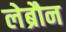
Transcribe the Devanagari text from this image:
लेब्रौन